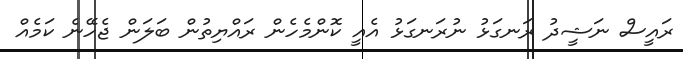
ރައީސް ނަޝީދު ރަނގަޅު ނުރަނގަޅު އެއީ ކޮންމެހެން ރައްޔިތުން ބަލަން ޖެހޭނެ ކަމެއް